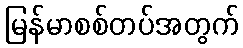
မြန်မာစစ်တပ်အတွက်